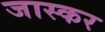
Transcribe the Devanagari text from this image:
जास्कर